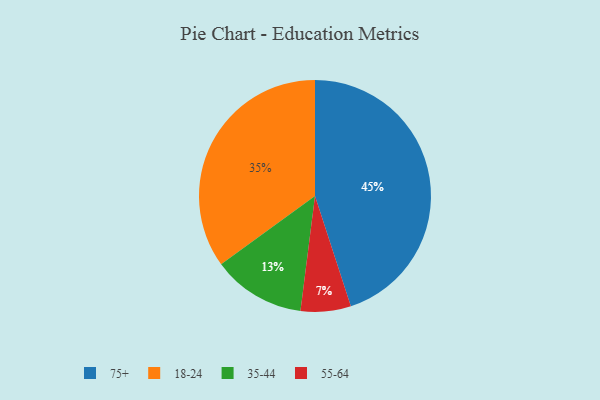
{"axis": {"x": "Category", "y": "Percentage"}, "legend": ["18-24", "35-44", "55-64", "75+"], "data": [{"x": "35-44", "y": 13, "type": "35-44"}, {"x": "55-64", "y": 7, "type": "55-64"}, {"x": "18-24", "y": 35, "type": "18-24"}, {"x": "75+", "y": 45, "type": "75+"}]}